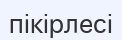
пікірлесі